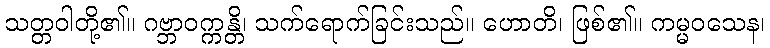
သတ္တဝါတို့၏။ ဂဗ္ဘာဝက္ကန္တိ၊ သက်ရောက်ခြင်းသည်။ ဟောတိ၊ ဖြစ်၏။ ကမ္မဝသေန၊